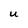
Character: U